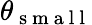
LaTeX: \theta_{\mathrm{~s~m~a~l~l~}}